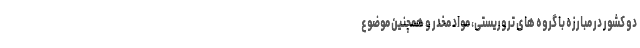
دو کشور در مبارزه با گروه های تروریستی، مواد مخدر و همچنین موضوع